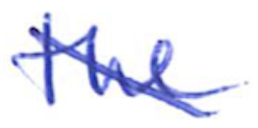
Text: the
Cross-out: diagonal
Writing tool: ballpoint